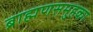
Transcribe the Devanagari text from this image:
ब्राह्मणसमुहका